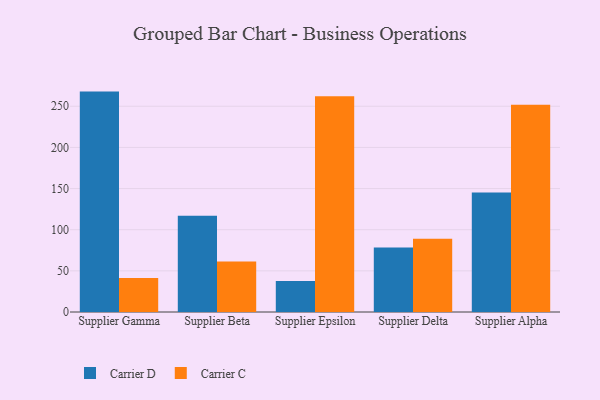
{"axis": {"x": "Supplier", "y": "Customer Acquisition Cost (USD)"}, "legend": ["Carrier C", "Carrier D"], "data": [{"x": "Supplier Gamma", "y": 267.8, "type": "Carrier D"}, {"x": "Supplier Gamma", "y": 41.2, "type": "Carrier C"}, {"x": "Supplier Beta", "y": 117.1, "type": "Carrier D"}, {"x": "Supplier Beta", "y": 61.5, "type": "Carrier C"}, {"x": "Supplier Epsilon", "y": 37.8, "type": "Carrier D"}, {"x": "Supplier Epsilon", "y": 262.1, "type": "Carrier C"}, {"x": "Supplier Delta", "y": 78.4, "type": "Carrier D"}, {"x": "Supplier Delta", "y": 89.1, "type": "Carrier C"}, {"x": "Supplier Alpha", "y": 145.3, "type": "Carrier D"}, {"x": "Supplier Alpha", "y": 251.9, "type": "Carrier C"}]}